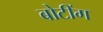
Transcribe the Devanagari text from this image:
बोटींग